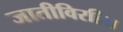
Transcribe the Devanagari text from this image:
जातीविरहित